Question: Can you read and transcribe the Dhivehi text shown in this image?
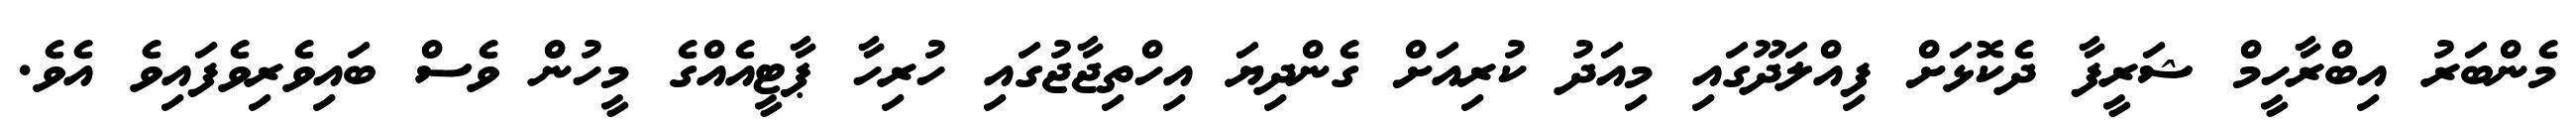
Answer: މެންބަރު އިބްރާހީމް ޝަރީފާ ދެކޮޅަށް ފިއްލަދޫގައި މިއަދު ކުރިއަށް ގެންދިޔަ އިހްތިޖާޖުގައި ހުރިހާ ޕާޓީއެއްގެ މީހުން ވެސް ބައިވެރިވެފައިވެ އެވެ.